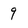
Character: 9